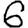
Digit: 6